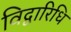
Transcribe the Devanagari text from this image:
विद्वारिधि